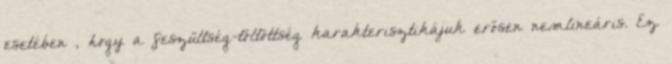
esetében , hogy a feszültség-töltöttség karakterisztikájuk erősen nemlineáris. Ez